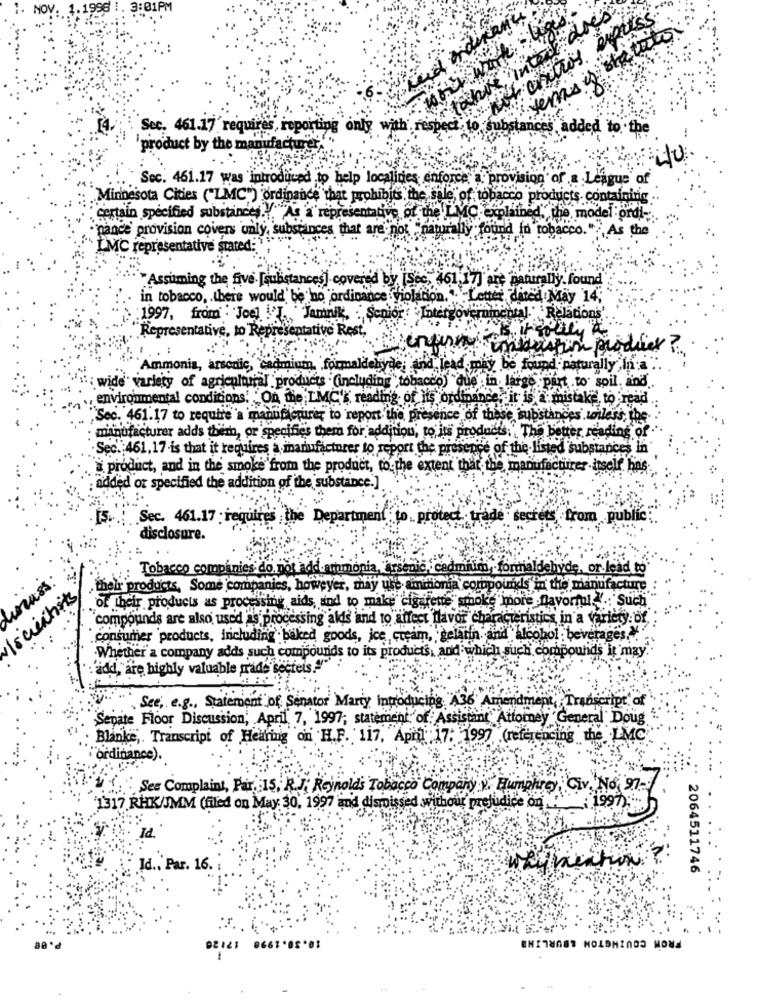
01PM
dres
interms is statale
outros.
Sec. 461.17 requires, reporting only with respect to substancet
added to the
product by the manufacturer.
itu
Sec. 461.17 was introduced to help localities enforce a provision of a League of
Minnesota Cities ("LMC") ordinance that prohibits the sale, of tobacco products containing ..
certain specified substance .V.
As a representative of the LMC explained," the model ordi-
pance provision covers only, substances that are not
rally found to tobacco. " As the
IMC representative stared:
"Assuming the five. [substances] covered by [Sec, 461;17] art naturally. found
in tobacco, . there would be ho ordinance violation ... Letter, dated May 14;
. : 1997, from : Joel I ., Jamnik, Senior! Intergovernme
Relations'
Representative, to Representative Rest.
enfin intuition producer?
Ammonia, arsenic, cadmium, formaldehyde;and lead may be found paturally in a
wide variety of agricultural products (including",tobacco) que in large part to spil and
environmental conditions: "On the LMC's reading of its ordinance, it is a mistake, to read
"Sec. 461.17 to require'a manufacturer to report the presence of these substances unless, the
manufacturer adds therh, or specifies them for addition, to its products. The better reading of
Sec .: 461,17-is that it requires a manufacturer to report the presence of the listed substances in
product, and in the smoke from the product, to the extent that the manufacturer inself has
added or specified the addition of the substance.
Sec. 461.17 requires the Department to .. p
stect trade secrets from public
disclosure.
Tobacco companies do not add armonia,
dic, cadmilim, . forma
or.
their products, Some companies, however, may use amimo
imonia compounds in the manufacture
of their products as processing aids, and to make cigarette smoke more flavorful. Such
compounds are also used as processing alds and to affect flavor characteristics in a variety of
consumer products, including baked goods, ice cream, gelatin. and Alcohol : beverages,
Whether a company adds such compounds to its products, and which such compounds it may
add,"are highly valuable trade secrets.
. See, e.g ., Statement of Senator Marty Introducing A36 Amondmer
ranscript. of
Senate Floor Discussion, April 7, 1997; statement of Assistant Attorney General Doug
Blanke ,. Transcript of Hearing on H.F. 117. April 17: 1997 (referencing the LMC
"ordinance).
See Complaint, Par, : 15, R.J. Reynolds Tobacco Company v. Humphuro","
Civ. No. 97-
1997)
'1317 RHK/JMM (filed on May 30, 1997 and dismissed without prejudice on ..
Id.
creation
Id .. Par. 16.
2064511746
FROM COUINGTON &BURLING